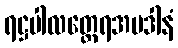
ရဋ္ဌပါလတ္ထေရအပဒါနံ